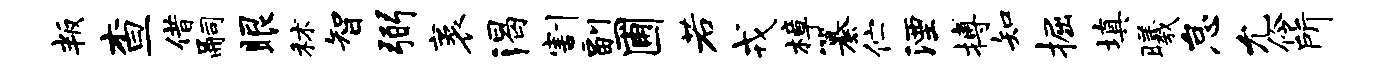
叛查借嗣眼秫智弼袤渴割副圃若戎樟纂伫湮搏知掘填曦怠允伶所